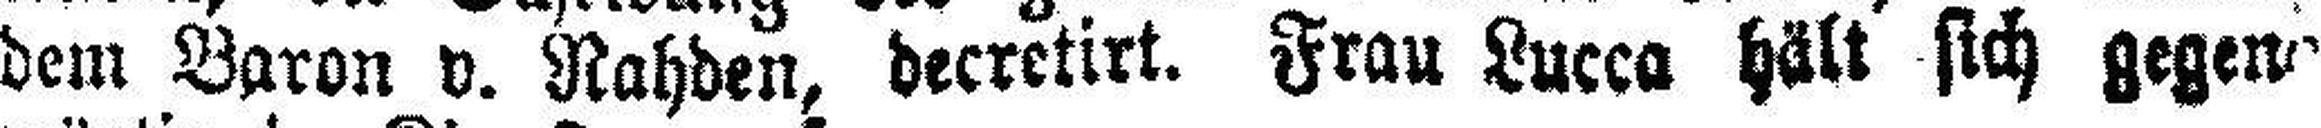
dem Baron v. Nahden, decretirt. Frau Lucca hält sich gegen###